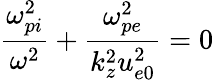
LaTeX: \frac{\omega_{pi}^{2}}{\omega^{2}}+\frac{\omega_{pe}^{2}}{k_{z}^{2}u_{e0}^{2}}=0